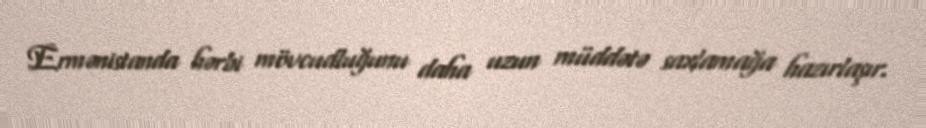
Ermənistanda hərbi mövcudluğunu daha uzun müddətə saxlamağa hazırlaşır.